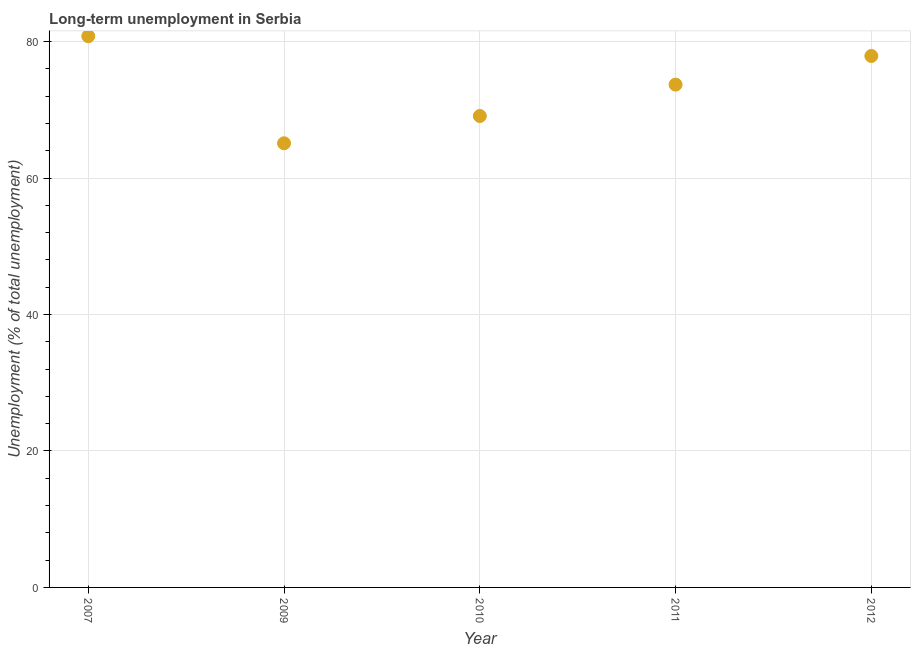
| Year | Long-term unemployment  |
 | --- | --- |
 | 2007 | 80.8 |
 | 2009 | 65.1 |
 | 2010 | 69.1 |
 | 2011 | 73.7 |
 | 2012 | 77.9 |